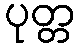
ပုတ္တ